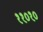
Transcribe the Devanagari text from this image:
११०१०